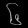
Digit: ၆